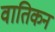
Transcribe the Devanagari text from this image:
वातिकन